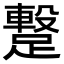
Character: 𮜋